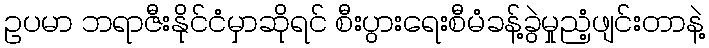
ဥပမာ ဘရာဇီးနိုင်ငံမှာဆိုရင် စီးပွားရေးစီမံခန့်ခွဲမှုညံ့ဖျင်းတာနဲ့